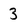
Character: 3